Scientific memoirs by medical officers of the Army of India - Part VIII,
Year: 1894
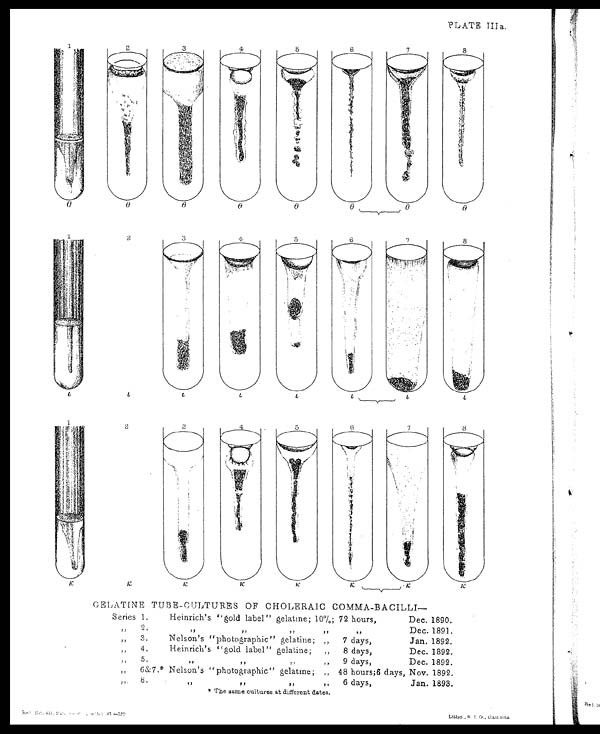
< i l l e g i b l e >
L i t h o . , S . I . O . , C a l c u t t a .
PLATE IIIa.
GELATINE TUBE-CULTURES OF CHOLERAIC COMMA-BACILLI
—
Series 1.
Heinrich's "gold label" gelatine; 10%; 72 hours,
Dec. 1890.
" 2 .
" " " "
"
Dec. 1891.
" 3 .
Nelson's "photographic" gelatine; "
7 days,
Jan. 1892.
" 4.
Heinrich's "gold label" gelatine; "
8 days,
Dec. 1892.
" 5.
" " " "
9 days,
Dec. 1892.
" 6&7* Nelson's "photographic" gelatine; "
48 hours;6 days, Nov. 1892.
" 8
" " " "
6 days,
Jan. 1893.
* The same cultures at different dates.
Litho.,S.I.o.,Calcutta.